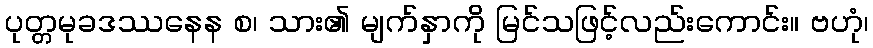
ပုတ္တမုခဒဿနေန စ၊ သား၏ မျက်နှာကို မြင်သဖြင့်လည်းကောင်း။ ဗဟုံ၊